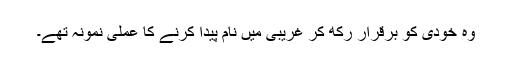
وہ خودی کو برقرار رکھ کر غریبی میں نام پیدا کرنے کا عملی نمونہ تھے۔